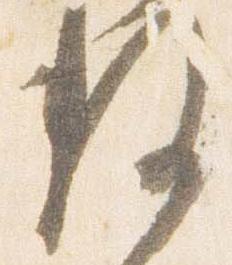
数